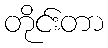
တိုင်းတာ